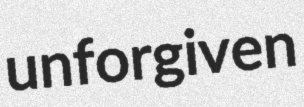
unforgiven